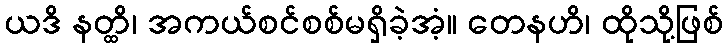
ယဒိ နတ္ထိ၊ အကယ်စင်စစ်မရှိခဲ့အံ့။ တေနဟိ၊ ထိုသို့ဖြစ်